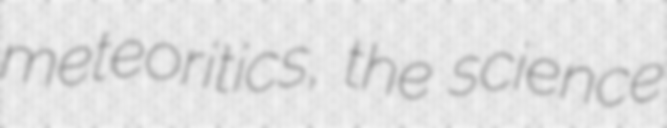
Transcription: meteoritics, the science